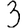
Digit: 3